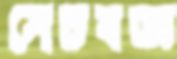
সেচযজ্ঞ